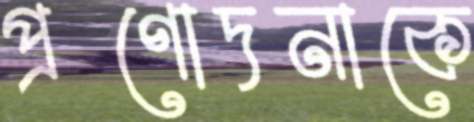
প্রণোদনাকে